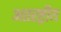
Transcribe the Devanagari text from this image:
अतरष्ट्रीय